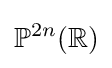
\mathbb {P} ^{2n}(\mathbb {R} )